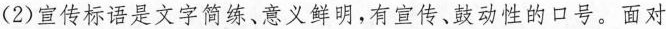
(2)宣传标语是文字简练、意义鲜明，有宣传、鼓动性的口号。面对